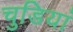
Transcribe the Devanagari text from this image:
चुडियां